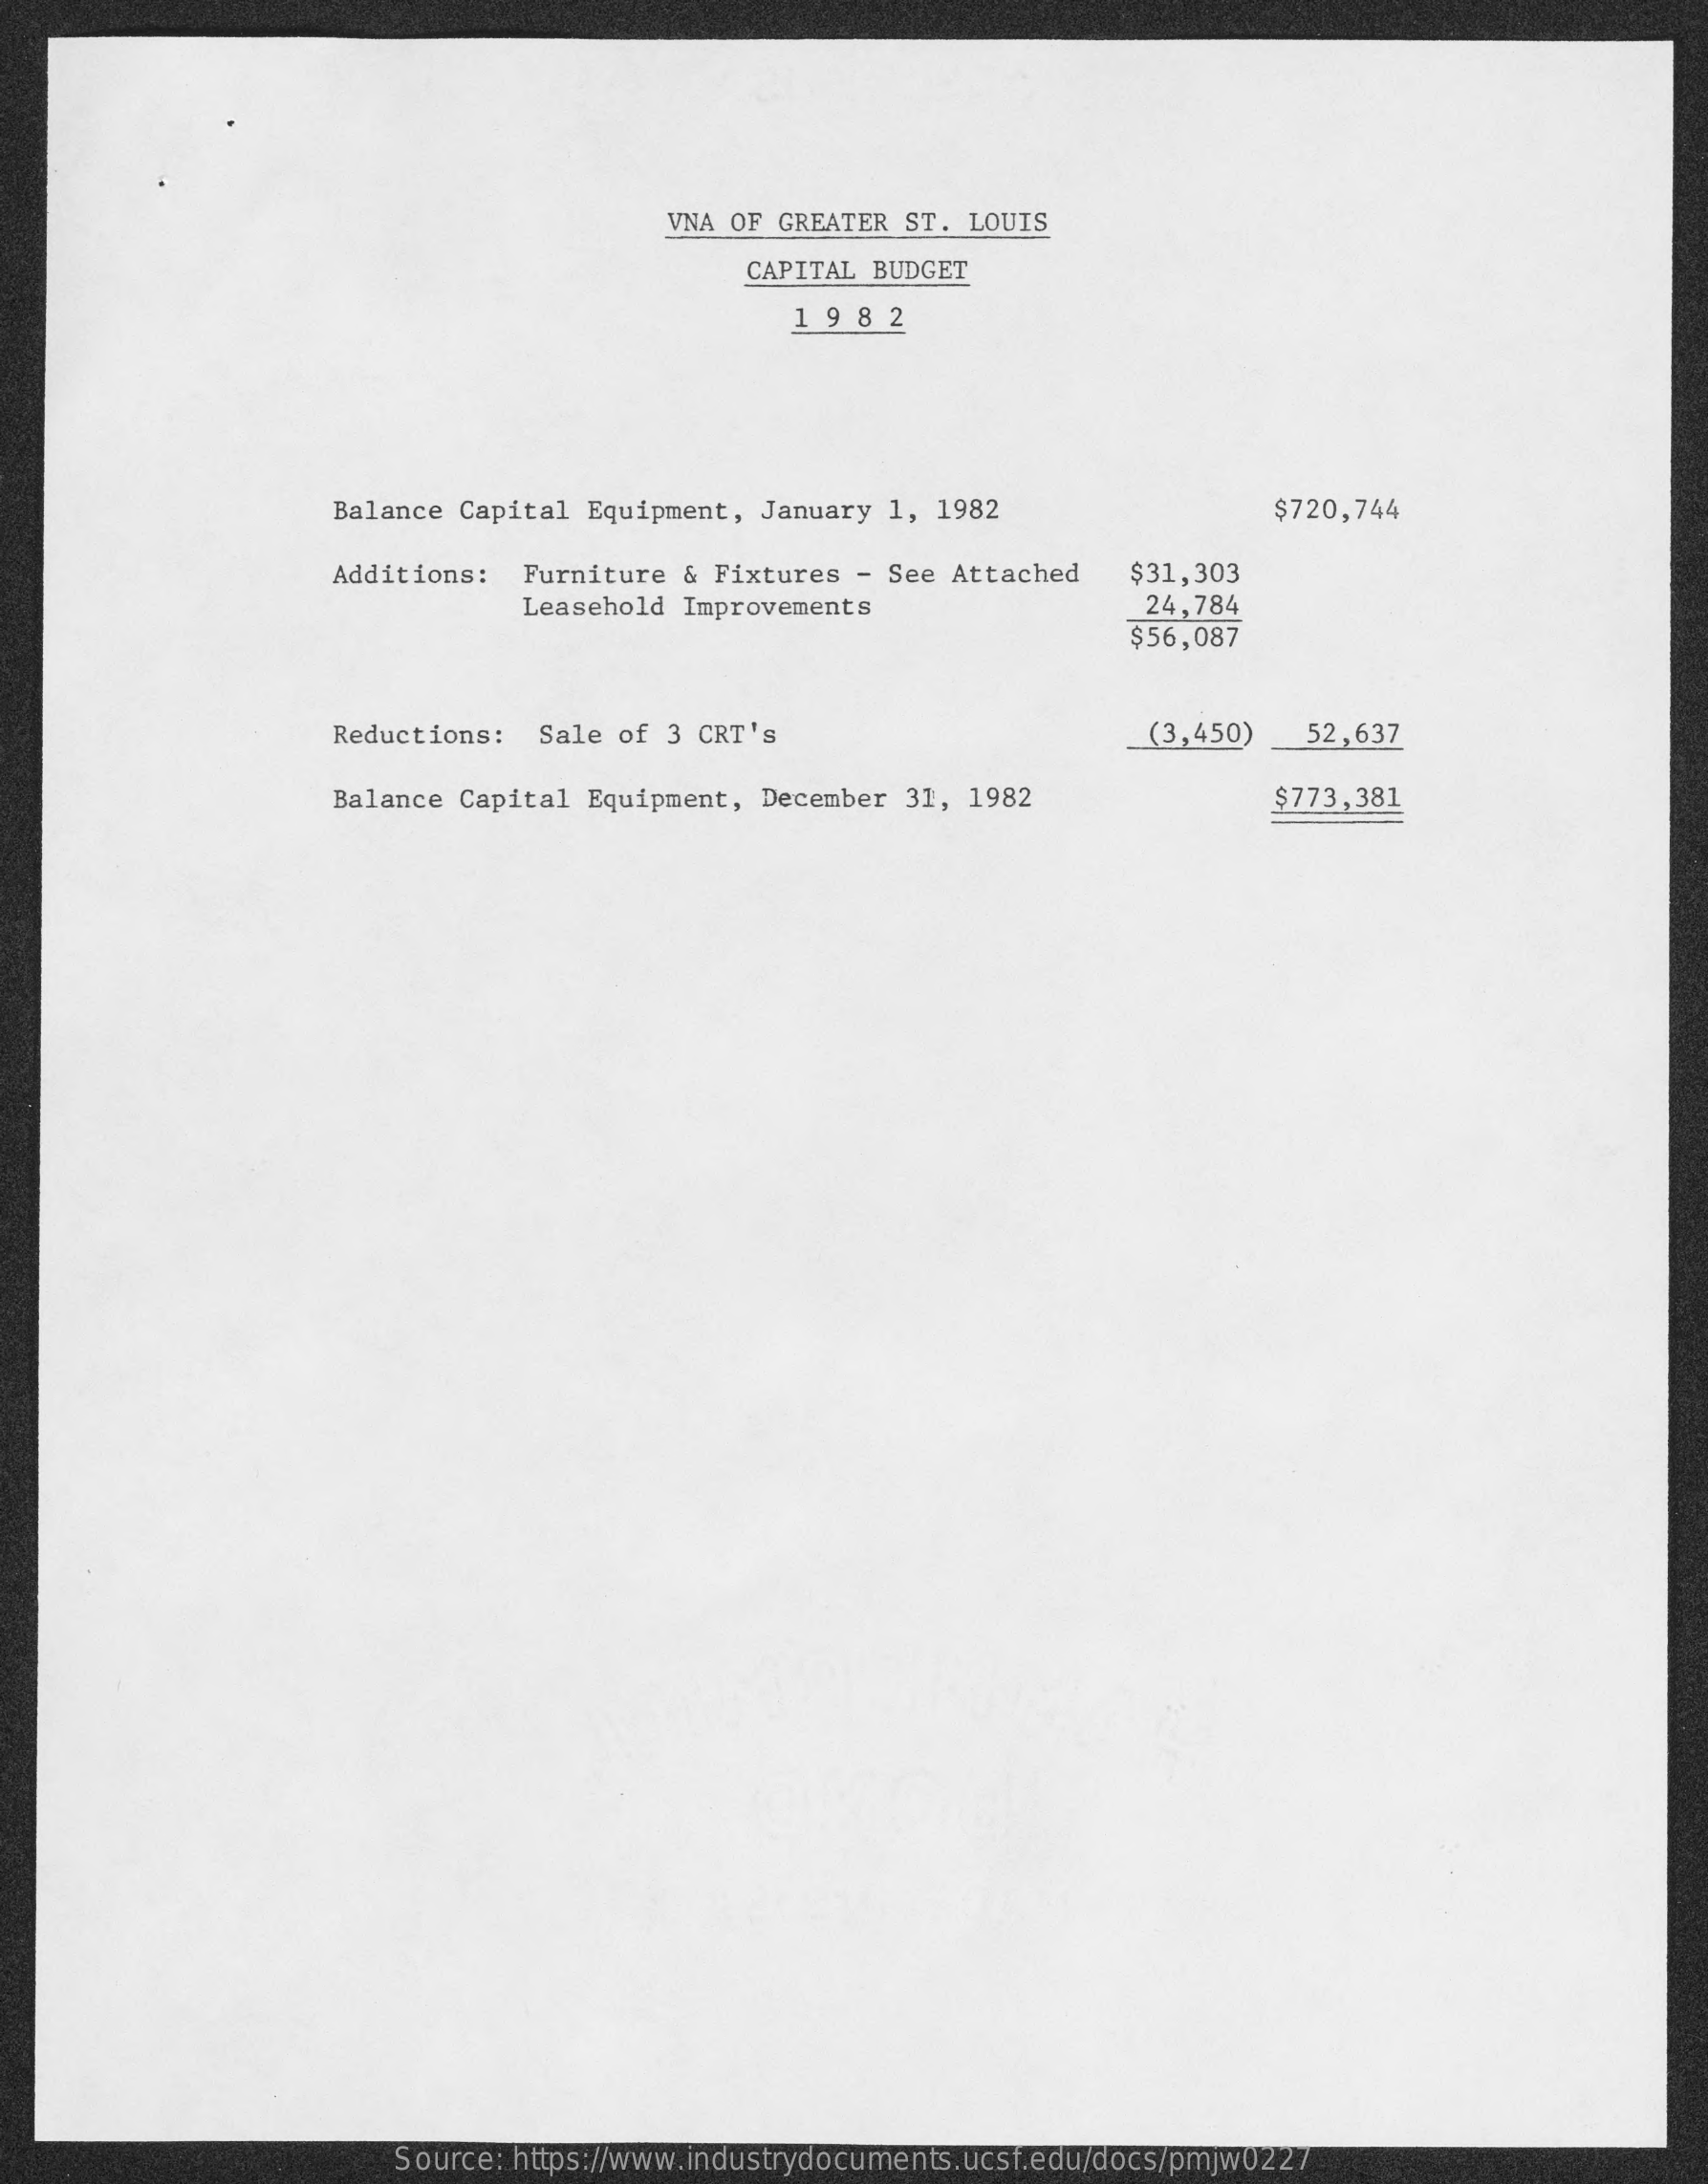
VNA OF GREATER ST. LOUIS
     CAPITAL BUDGET
     198   2
     Balance Capital Equipment, January 1, 1982    $720,744
     Additions:  Furniture & Fixtures - See Attached    $31,303
     Leasehold Improvements    24,784
     $56,087
     Reductions:  Sale of 3 CRT's    (3,450)   52,637
     Balance Capital Equipment, December 31, 1982    $773,381
     Source: https://www.industrydocuments.ucsf.edu/docs/pmjw0227